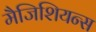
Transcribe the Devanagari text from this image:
मैजिशियन्स